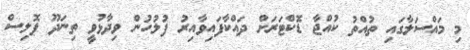
މި މައްސަލާގައި ތުއްތު ކުއްޖާ ޑޮކްޓަރަށް ދައްކާފައިވާއިރު ފުލުހުން ވިދާޅުވީ ތިނަދޫ ޕޮލިސް